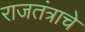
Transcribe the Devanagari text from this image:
राजतंत्राचे